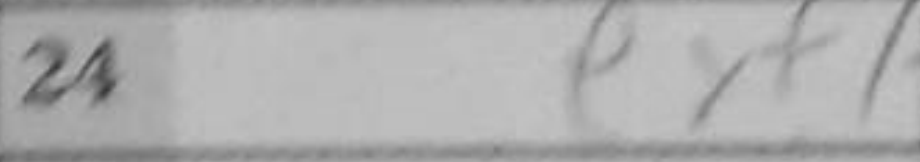
Transcription: exf7